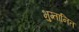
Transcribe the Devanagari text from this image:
भुग्तानित